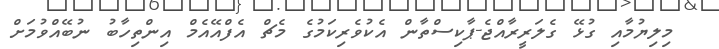
މިލިޔުމާއި ގުޅޭ ގެލަރީރާއްޖެ-ޕާކިސްތާން އެކުވެރިކަމުގެ މެޗް އެފްއޭއެމް އިންތިހާބު ނުބޭއްވުމަށް